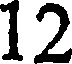
12